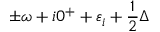
\pm \omega + i 0 ^ { + } + \varepsilon _ { i } + \frac 1 2 \Delta